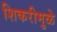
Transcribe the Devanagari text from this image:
शिकरीमुळे